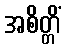
အစိတ္တိံ